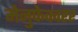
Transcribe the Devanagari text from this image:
मेनुफेक्चरर